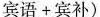
宾语+宾补)